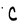
Character: C